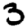
Digit: 3